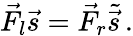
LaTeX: \vec{F}_{l}\vec{s}=\vec{F}_{r}\tilde{\vec{s}}\, .